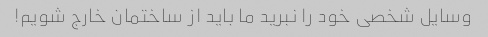
وسایل شخصی خود را نبرید ما باید از ساختمان خارج شویم!